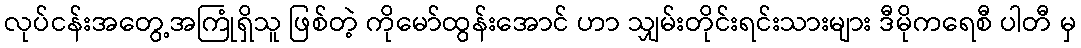
လုပ်ငန်းအတွေ့အကြုံရှိသူ ဖြစ်တဲ့ ကိုမော်ထွန်းအောင် ဟာ သျှမ်းတိုင်းရင်းသားများ ဒီမိုကရေစီ ပါတီ မှ